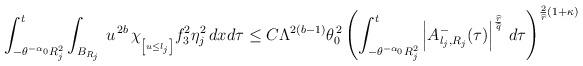
LaTeX: \begin{align*}\begin{aligned}\int_{-\theta^{-\alpha_{0}}R_j^2}^{t}\int_{B_{R_j}}\,u^{\,2b}\,\chi_{_{\left[u\leq l_j\right]}}f_3^2\eta_j^2\,dxd\tau\leq C\Lambda^{2\left(b-1\right)}\theta_0^{\,2}\left(\int_{-\theta^{-\alpha_{0}}R_j^2}^{t}\left|A_{l_j,R_j}^-(\tau)\right|^{\frac{\widehat{r}}{\widehat{q}}}\,d\tau\right)^{\frac{2}{\widehat{r}}\left(1+\kappa\right)}\end{aligned}\end{align*}